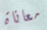
معاناة